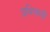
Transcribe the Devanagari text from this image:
प्रथिनानी